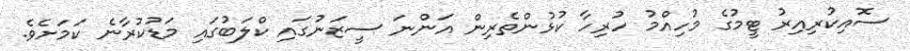
ސޮއިކުރިއިރު ޓީމުގެ މުހިއްމު ހުރިހާ ކުޅުންތެރިން އަންނަ ސީޒަނުގައި ކްލަބުގައި މަޑުކުރާނެ ކަމަށެވެ.